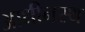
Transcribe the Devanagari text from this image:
आधीनस्थ